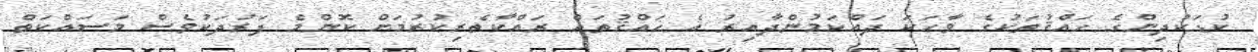
ކުޑަކުދިންގެ ޙައްޤުތަކުގެ ވާހަކަ ދައްކަމުންދާއިރު އެ ޙައްޤުތައް ރައްކާތެރިކުރުމަށް ކޮންމެ ފަރުދަކުވެސް މަސައްކަތް